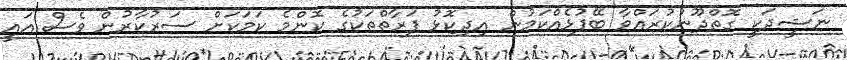
ނަޝީދަކީ ގޮތްދޫނުކުރައްވާ ބޭފުޅެއްކަމުން އިދިކޮޅު ފަރާތްތަކުގެ ކޮންމެ ކަމަކަށް ސަރުކާރުން ވެސް އައީ